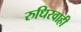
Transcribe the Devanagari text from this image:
रुधिरवाही